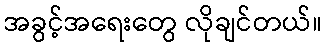
အခွင့်အရေးတွေ လိုချင်တယ်။